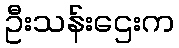
ဦးသန်းဌေးက